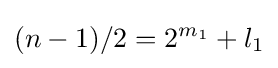
(n-1)/2=2^{m_{1}}+l_{1}